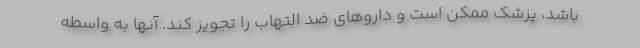
باشد، پزشک ممکن است و داروهای ضد التهاب را تجویز کند. آنها به واسطه